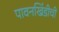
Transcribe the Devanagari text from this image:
पावनखिंडीची